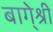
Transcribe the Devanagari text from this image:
बागे्श्री